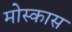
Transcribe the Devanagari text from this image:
मोस्कास